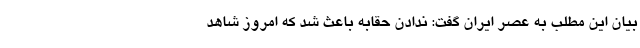
بیان این مطلب به عصر ایران گفت: ندادن حقابه باعث شد که امروز شاهد